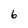
Character: 6